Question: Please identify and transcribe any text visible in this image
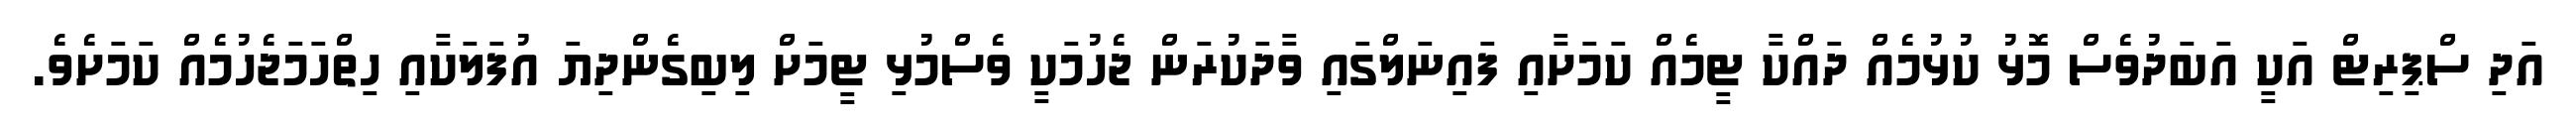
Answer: އަދި ސްޕިރިޓް އަކީ އަބަދުވެސް މޮޅު ކުޅުމެއް ދައްކާ ޓީމެއް ކަމަށާއި ފައިނަލްގައި ވާދަކުރަން ޖެހުމަކީ ވެސްމުޅި ޓީމަށް ލިބިގެންދިޔަ އުފަލަކާއި ހިތްހަމަޖެހުމެއް ކަމަށެވެ.